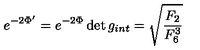
e ^ { - 2 \Phi ^ { \prime } } = { e ^ { - 2 \Phi } \det g _ { i n t } } = \sqrt { { \frac { F _ { 2 } } { F _ { 6 } ^ { 3 } } } }